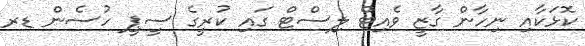
ކޮޅަކާއި ނިހާން ގާޒީ ވެއިޓް ލިސްޓް ގައި ކުރީގެ ސީޕީ ހުސެން ޑރ